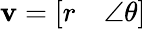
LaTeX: \mathbf{v}=\left[{\begin{array}{ll}{r}&{\angle\theta}\end{array}}\right]